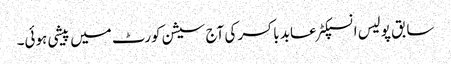
سابق پولیس انسپکٹر عابد باکسر کی آج سیشن کورٹ میں پیشی ہوئی۔